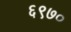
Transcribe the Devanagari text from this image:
६९७०